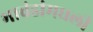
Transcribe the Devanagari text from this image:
भावंडांमधली